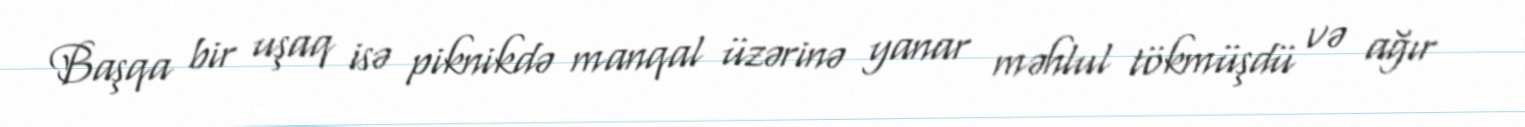
Başqa bir uşaq isə piknikdə manqal üzərinə yanar məhlul tökmüşdü və ağır